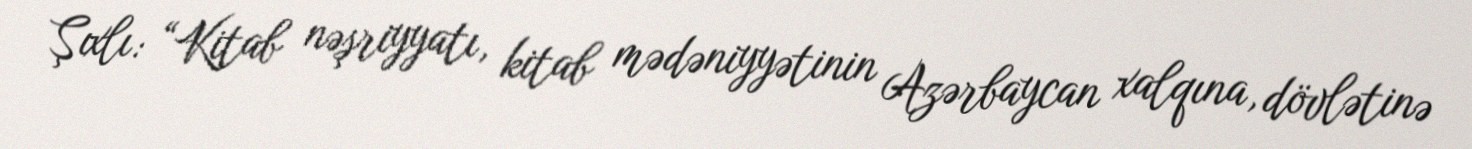
Şıxlı: “Kitab nəşriyyatı, kitab mədəniyyətinin Azərbaycan xalqına, dövlətinə